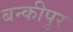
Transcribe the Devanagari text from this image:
बन्कीपुर